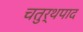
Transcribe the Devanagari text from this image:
चतुर्थपाद